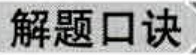
解题口诀